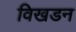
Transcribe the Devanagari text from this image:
विखडन